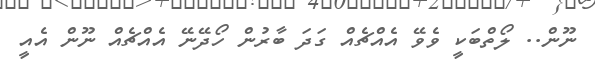
ނޫން.. ލޯތްބަކީ ވެވޭ އެއްޗެއް ގަދަ ބާރުން ހޯދޭނޭ އެއްޗެއް ނޫން އެއީ